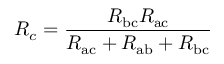
R _ { c } = { \frac { R _ { \mathrm { b c } } R _ { \mathrm { a c } } } { R _ { \mathrm { a c } } + R _ { \mathrm { a b } } + R _ { \mathrm { b c } } } }